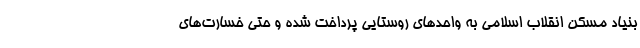
بنیاد مسکن انقلاب اسلامی به واحدهای روستایی پرداخت شده و حتی خسارت‌های